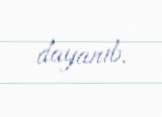
dayanıb.